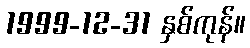
1999-12-31 နှစ်ကုန်။